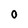
Character: 0